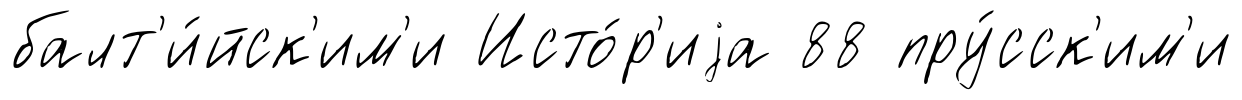
балт'и́йск'им'и Исто́р'иjа 88 пру́сск'им'и